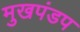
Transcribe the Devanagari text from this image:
मुखपंडप